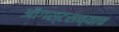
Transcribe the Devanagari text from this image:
ऑगस्टसच्याच